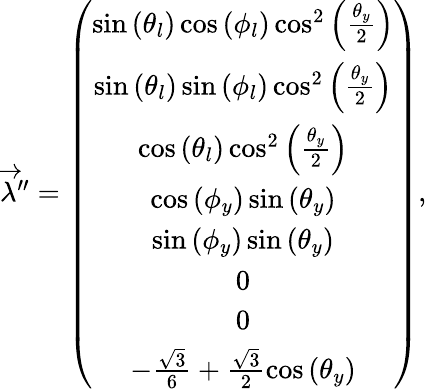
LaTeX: \begin{array}{r}{\overrightarrow{\lambda}^{\prime\prime}=\left(\begin{array}{c}{\sin\left(\theta_{l}\right)\cos\left(\phi_{l}\right)\cos^{2}\left(\frac{\theta_{y}}{2}\right)}\\ {\sin\left(\theta_{l}\right)\sin\left(\phi_{l}\right)\cos^{2}\left(\frac{\theta_{y}}{2}\right)}\\ {\cos\left(\theta_{l}\right)\cos^{2}\left(\frac{\theta_{y}}{2}\right)}\\ {\cos\left(\phi_{y}\right)\sin\left(\theta_{y}\right)}\\ {\sin\left(\phi_{y}\right)\sin\left(\theta_{y}\right)}\\ {0}\\ {0}\\ {-\frac{\sqrt{3}}{6}+\frac{\sqrt{3}}{2}\cos\left(\theta_{y}\right)}\end{array}\right),}\end{array}